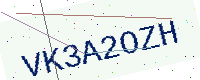
Text: VK3A2OZH